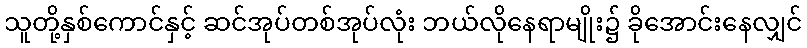
သူတို့နှစ်ကောင်နှင့် ဆင်အုပ်တစ်အုပ်လုံး ဘယ်လိုနေရာမျိုး၌ ခိုအောင်းနေလျှင်